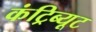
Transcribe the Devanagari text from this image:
कंट्रिब्यूट